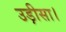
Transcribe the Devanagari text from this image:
उड़ीसा।